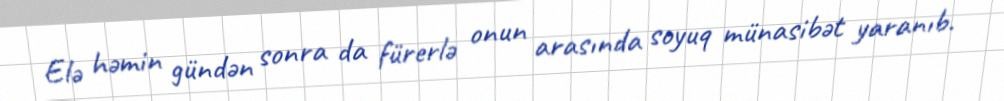
Elə həmin gündən sonra da fürerlə onun arasında soyuq münasibət yaranıb.